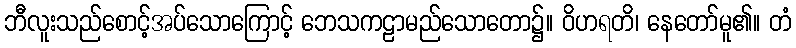
ဘီလူးသည်စောင့်အပ်သောကြောင့် ဘေသကဠာမည်သောတော၌။ ဝိဟရတိ၊ နေတော်မူ၏။ တံ